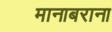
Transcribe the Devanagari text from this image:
मानाबराना